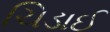
ચિડાઈ